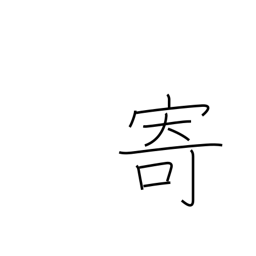
Meaning: bring near